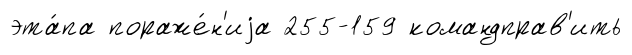
эта́па пораже́н'иjа 255-159 командправ'ить